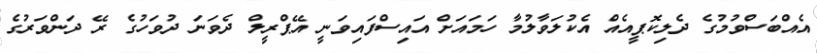
އެއްބަސްވުމުގެ ދެލިކޮޕީއެއް އެކުލަވާލުމާ ހަމައަށް އައިސްފައިވަނީ އޭޕްރީލް ދެވަނަ ދުވަހުގެ ރޭ ދަންވަރުގެ